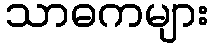
သာဓကများ